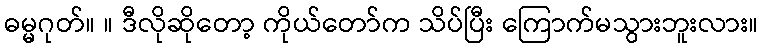
ဓမ္မဂုတ်။ ။ ဒီလိုဆိုတော့ ကိုယ်တော်က သိပ်ပြီး ကြောက်မသွားဘူးလား။